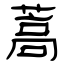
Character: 蒿